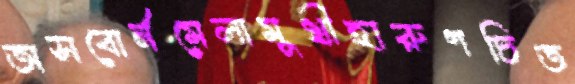
অসবোর্নমেলামুখীহারুণচিত